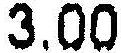
3.00